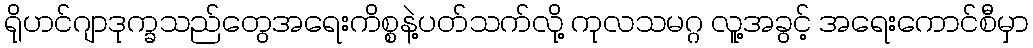
ရိုဟင်ဂျာဒုက္ခသည်တွေအရေးကိစ္စနဲ့ပတ်သက်လို့ ကုလသမဂ္ဂ လူ့အခွင့် အရေးကောင်စီမှာ